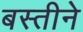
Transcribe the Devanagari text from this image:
बस्तीने